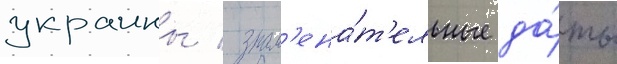
украины / знам'ена́т'ельные да́ты